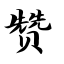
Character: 赞